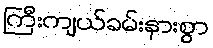
ကြီးကျယ်ခမ်းနားစွာ